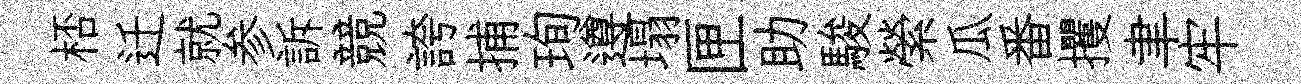
桮迁就参訴競誇捕珣遵塌匣助駿縈瓜番攫聿牢